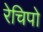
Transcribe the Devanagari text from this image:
रेचिपो